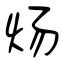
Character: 炀